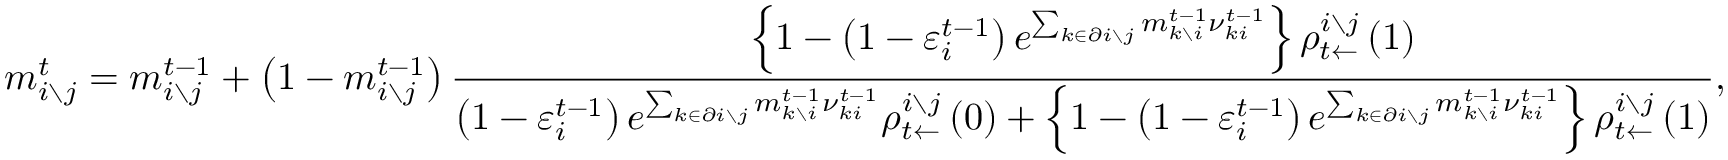
m _ { i \setminus j } ^ { t } = m _ { i \setminus j } ^ { t - 1 } + \left( 1 - m _ { i \setminus j } ^ { t - 1 } \right) \frac { \left\{ 1 - \left( 1 - \varepsilon _ { i } ^ { t - 1 } \right) e ^ { \sum _ { k \in \partial i \setminus j } m _ { k \setminus i } ^ { t - 1 } { \nu } _ { k i } ^ { t - 1 } } \right\} \rho _ { t \leftarrow } ^ { i \setminus j } \left( 1 \right) } { \left( 1 - \varepsilon _ { i } ^ { t - 1 } \right) e ^ { \sum _ { k \in \partial i \setminus j } m _ { k \setminus i } ^ { t - 1 } { \nu } _ { k i } ^ { t - 1 } } \rho _ { t \leftarrow } ^ { i \setminus j } \left( 0 \right) + \left\{ 1 - \left( 1 - \varepsilon _ { i } ^ { t - 1 } \right) e ^ { \sum _ { k \in \partial i \setminus j } m _ { k \setminus i } ^ { t - 1 } { \nu } _ { k i } ^ { t - 1 } } \right\} \rho _ { t \leftarrow } ^ { i \setminus j } \left( 1 \right) } ,